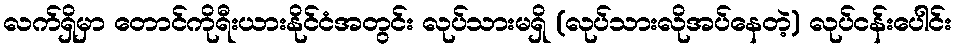
လက်ရှိမှာ တောင်ကိုရီးယားနိုင်ငံအတွင်း လုပ်သားမရှိ (လုပ်သားလိုအပ်နေတဲ့) လုပ်ငန်းပေါင်း